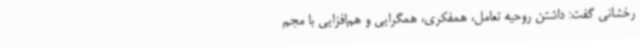
رخشانی گفت: داشتن روحیه تعامل، همفکری، همگرایی و هم‌افزایی با مجم